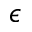
\epsilon